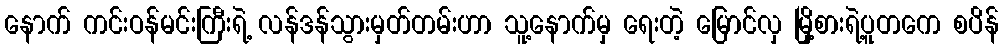
နောက် ကင်းဝန်မင်းကြီးရဲ့ လန်ဒန်သွားမှတ်တမ်းဟာ သူ့နောက်မှ ရေးတဲ့ မြောင်လှ မြို့စားရဲ့ပူတကေ စပိန်